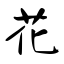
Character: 花